Standards of the constituents of the urine and blood and the bearing of the metabolism of Bengalis on the problems of nutrition - Number 34
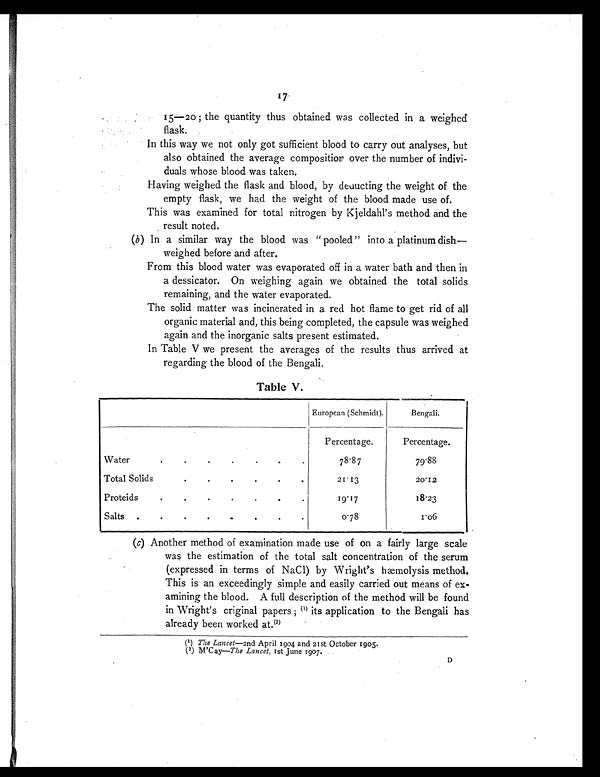
17
15—20; the quantity thus obtained was collected in a weighed
flask.
In this way we not only got sufficient blood to carry out analyses, but
also obtained the average composition over the number of indivi-
duals whose blood was taken.
Having weighed the flask and blood, by deducting the weight of the
empty flask, we had the weight of the blood made use of.
This was examined for total nitrogen by Kjeldahl's method and the
result noted.
(b) In a similar way the blood was "pooled" into a platinum dish—
weighed before and after.
From this blood water was evaporated off in a water bath and then in
a dessicator. On weighing again we obtained the total solids
remaining, and the water evaporated.
The solid matter was incinerated in a red hot flame to get rid of all
organic material and, this being completed, the capsule was weighed
again and the inorganic salts present estimated.
In Table V we present the averages of the results thus arrived at
regarding the blood of the Bengali.
Table V.
European (Schmidt).
Bengali.
Percentage.
Percentage.
Water
.
.
.
.
.
.
.
78.87
79.88
Total Solids
.
.
.
.
.
.
21.13
20.12
Proteids
.
.
.
.
.
.
.
19.17
18.23
Salts .
.
.
.
.
.
.
.
0.78
1.06
(c) Another method of examination made use of on a fairly large scale
was the estimation of the total salt concentration of the serum
(expressed in terms of NaCl) by Wright's hæmolysis method.
This is an exceedingly simple and easily carried out means of ex-
amining the blood. A full description of the method will be found
in Wright's original papers ; (1) its application to the Bengali has
already been worked at. (2)
(1) The Lancet-2nd April 1904 and 21st October 1905.
(2) M'Cay— The Lancet, 1st June 1907.
D